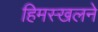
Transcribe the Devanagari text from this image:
हिमस्खलने